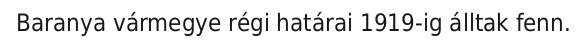
Baranya vármegye régi határai 1919-ig álltak fenn.